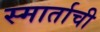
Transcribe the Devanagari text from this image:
स्मार्ताची